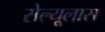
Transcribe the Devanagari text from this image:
सेल्यूलास